King Institute of Preventive Medicine Micro-Biological Section reports 1909-11
Year: 1909
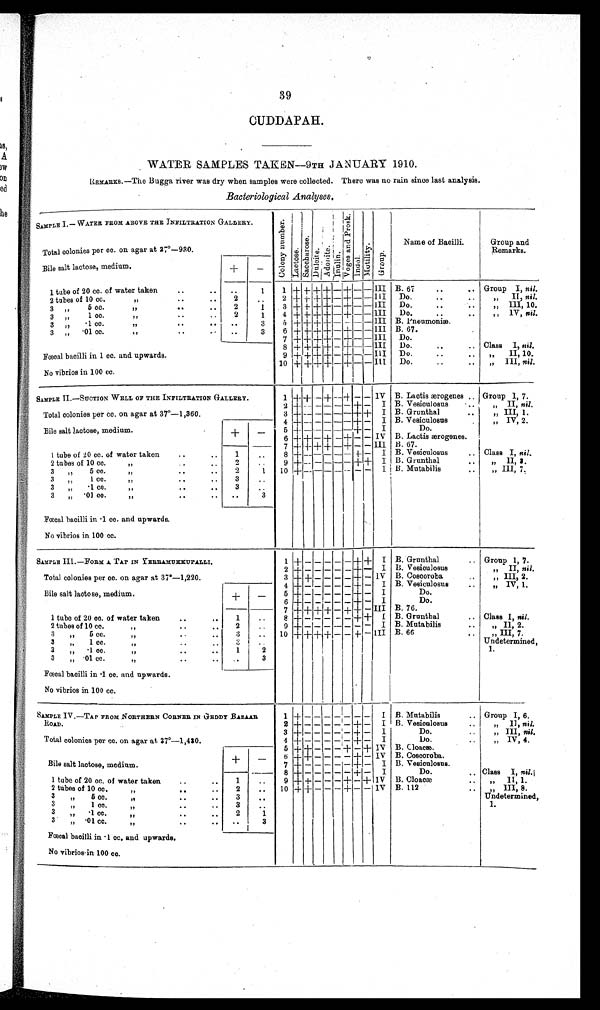
39
CUDDAPAH.
WATER SAMPLES TAKEN—9TH JANUARY 1910.
REMARKS.—The Bugga river was dry when samples were collected. There was no rain since last analysis.
Bacteriological Analyses.
SAMPLE I.— WATER FROM ABOVE THE INFILTRATION GALLERY.
C o l o n y n u m b e r .
Lactose.Sacchar os e.Dulcite.Adoni t e.Inulin.
Vo g e s a n d P r o s k .
Indol.Motility.Group.
Name of Bacilli.
Group and
Remarks.
Total colonies per cc. on agar at 37°−930.
Bile salt lactose, medium.
+
−
1 tube of 20 cc. of water taken
1
1
+ + + + − + − − III
B. 67
Group I, nil.
2 tubes of 10 cc.
2
2 + + + + − + − − III
Do.
" II, nil.
3 " 5 cc.
2
1
3 + + + + − + − − III
Do.
" III, 10.
3 " 1 cc.
2
1
4 + + + + − + − − III
Do.
" IV, nil.
3 " ·1 cc.
3
5 + + + + − − − − III
B. Pneumoniæ.
3 " ·01 cc.
3
6 + + + + − + − − III
B. 67.
7 + + + + − + − − III
Do.
Fœcal bacilli in 1 cc. and upwards.
8 + + + + − + − − III
Do.
Class I, nil.
9 + + + + − + − − III
Do.
" II, 10.
No vibrios in 100 cc.
10 + + + + − + − − III
Do.
" III, nil.
SAMPLE II.—SUCTION WELL OF THE INFILTRATION GALLERY.
1
+ + − + − + − − IV
B. Laotis ærogenes
Group 1, 7.
2 + − − − − − + −
I B. Vesiculosus
" II, nil.
Total colonies per cc. on agar at 37°—1,360.
3 + − − − − − + +
I B. Grunthal
" III, 1.
4 + − − − − − + −
I B. Vesiculosus
" IV, 2.
Bile salt lactose, medium.
+
−
5 + − − − − − + −
I
Do.
6 + + − + − + − − IV
B. Lactis ærogenes .
7 + + + + − + − − III
B. 67.
I tube of 20 cc. of water taken
1
8 + − − − − − + −
I B. Vesiculosus
Class I, nil.
2 tubes of 10 cc.
2
9 + − − − − − + +
I
B. Grunthal
" II, 3.
3 " 5 cc.
2
1
10 + − − − − − − −
I
B. Mutabilis
" III, 7.
3 " 1 cc.
3
3 " ·1 cc.
3
3 " ·01 cc.
3
Fœcal bacilli in ·1 cc. and upwards.
No vibrios in 100 cc.
SAMPLE III.—FORM A. TAP IN YERRAMUKKUPALLI.
1
+ − − − − − + +
I B. Grunthal
Group 1, 7.
2 + − − − − − + −
I
B. Vesiculosus
" II, nil.
Total colonies per cc. on agar at 37°—1,220.
3 + + − − − − + − IV
B. Coscoroba
" III, 2.
4 + − − − − − + −
I B. Vesiculosus
" IV, 1.
Bile salt lactose, medium.
+
−
5
+ − − − − − + −
I
Do.
6 + − − − − − + −
I
Do.
7
+ + + + − + + − III
B.76.
1 tube of 20 co. of water taken
1
8 + − − − − − + +
I B. Grunthal
Class I, nil.
2 tubes of 10 cc.
2
9 + − − − − − − −
I B. Mutabilis
" II, 2.
3 " 5 cc.
3
10 + + + + − − + − III
B. 66
" III, 7.
3 " 1 cc.
3
Undetermined
, 1.
3 " ·1 cc.
2
2
3 " ·01 cc.
3
Fœcal bacilli in ·1 cc. and upwards.
No vibrios in 100 cc.
SAMPLE IV.—TAP FROM NORTHERN CORNER IN GEDDY BAZAAR ROAD.
1
+ − − − − − − −
I B. Mutabilis
Group I, 6.
2 + − − −
−− + −
I
B. Vesioulosus
" II, nil.
Total colonies per cc. on agar at 37°—1,430.
3 + − − − − − + −
I
Do.
" III,
nil.
4 + − − − − − + −
I
Do.
" IV, 4.
Bile salt lactose, medium.
+
−
5 + + − − − + − + IV
B. Cloacæ.
6 + + − − − − + − IV
B. Coscoroba.
7
+ − − − − − + −
I
B. Vesiculosus.
1 tube of 20 cc. of water taken
1
8 + − − − − − + −
I
Do.
Class I, nil.
9 + + − − − + − + IV
B. Cloacæ
" II, 1.
2 tubes of 10 cc
2
10 + + − − − + − − IV
B. 112
" III, 8.
3 " 5 cc.
3
Undetermined,
1.
3 " 1 cc.
3
3 " ·1 cc.
2
1
3 " ·01 cc.
3
Fœcal bacilli in ·1 cc. and upwards.
No vibrios in 100 co.